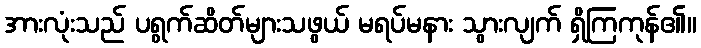
အားလုံးသည် ပရွက်ဆိတ်များသဖွယ် မရပ်မနား သွားလျက် ရှိကြကုန်၏။